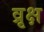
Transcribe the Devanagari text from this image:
व्रृक्ष